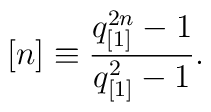
[n] \equiv \frac{q^{2n}_{[1]} - 1}{q^2_{[1]} -1}.